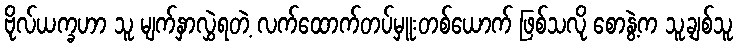
ဗိုလ်ယက္ခဟာ သူ မျက်နှာလွှဲရတဲ့ လက်ထောက်တပ်မှူးတစ်ယောက် ဖြစ်သလို စောနွဲ့က သူ့ချစ်သူ